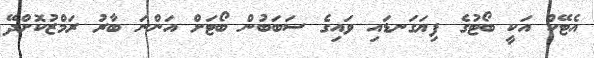
އެޓޭކް އަކީ ބޯޓުގެ ފިޔަގަނޑައި ވައިގެ ސަބަބުން ބޯޓަށް އަންނަ ބާރު ރަމްޒުކޮށްދޭ